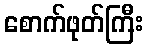
စောက်ဖုတ်ကြီး